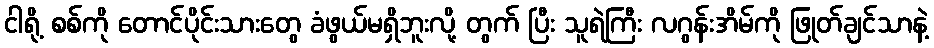
ငါရို့ စစ်ကို တောင်ပိုင်းသားတွေ ခံဖွယ်မရှိဘူးလို့ တွက် ပြီး သူရဲကြီး လဂွန်းအိမ်ကို ဖြုတ်ချင်သာနဲ့